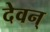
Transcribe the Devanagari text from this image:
देवन्